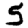
Digit: 5